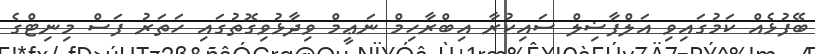
ބޭފުޅެއް ކަމުގައިވި އަލްފާޟިލް ސައިކުރާ އިބްރާހިމް ނަޢީމް ވިދާޅުވިގޮތުގައި ހަތަރު ފަސް މިނިޓްގެ